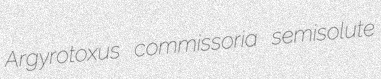
Argyrotoxus commissoria semisolute